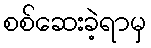
စစ်ဆေးခဲ့ရာမှ